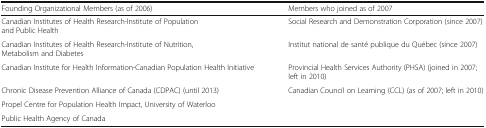
<table><thead><tr><td><b>Founding Organizational Members (as of 2006)</b></td><td><b>Members who joined as of 2007</b></td></tr></thead><tbody><tr><td>Canadian Institutes of Health Research-Institute of Population and Public Health</td><td>Social Research and Demonstration Corporation (since 2007)</td></tr><tr><td>Canadian Institutes of Health Research-Institute of Nutrition, Metabolism and Diabetes</td><td>Institut national de santé publique du Québec (since 2007)</td></tr><tr><td>Canadian Institute for Health Information-Canadian Population Health Initiative</td><td>Provincial Health Services Authority (PHSA) (joined in 2007; left in 2010)</td></tr><tr><td>Chronic Disease Prevention Alliance of Canada (CDPAC) (until 2013)</td><td>Canadian Council on Learning (CCL) (as of 2007; left in 2010)</td></tr><tr><td>Propel Centre for Population Health Impact, University of Waterloo</td><td></td></tr><tr><td>Public Health Agency of Canada</td><td></td></tr></tbody></table>